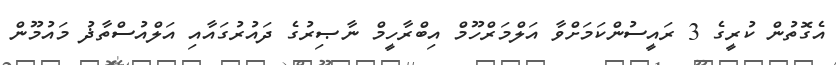
އެގޮތުން ކުރީގެ 3 ރައީސުންކަމަށްވާ އަލްމަރްހޫމް އިބްރާހީމް ނާޞިރުގެ ދައުރުގައާއި އަލްއުސްތާޛު މައުމޫން